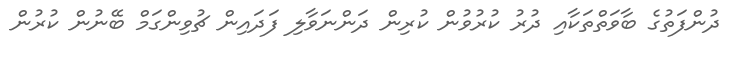
ދުންފަތުގެ ބާވަތްތަކާއި ދުރު ކުރުވުން ކުރިން ދަންނަވާލި ފަދައިން ޗުވިންގަމް ބޭނުން ކުރުން